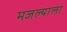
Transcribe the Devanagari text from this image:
मजल्याला